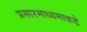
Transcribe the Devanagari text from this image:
प्रसारमाध्यमाकडे